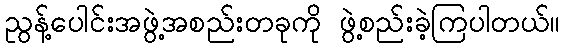
ညွန့်ပေါင်းအဖွဲ့အစည်းတခုကို ဖွဲ့စည်းခဲ့ကြပါတယ်။